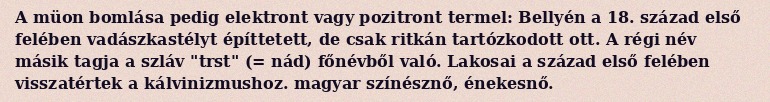
A müon bomlása pedig elektront vagy pozitront termel: Bellyén a 18. század első felében vadászkastélyt építtetett, de csak ritkán tartózkodott ott. A régi név másik tagja a szláv "trst" (= nád) főnévből való. Lakosai a század első felében visszatértek a kálvinizmushoz. magyar színésznő, énekesnő.